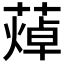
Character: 𦻐